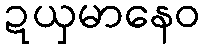
ဍယှမာနေဝ